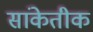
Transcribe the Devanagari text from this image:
सांकेतीक